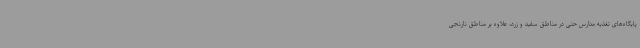
پایگاه‌های تغذیه مدارس حتی در مناطق سفید و زرد، علاوه بر مناطق نارنجی